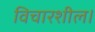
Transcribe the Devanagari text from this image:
विचारशील।